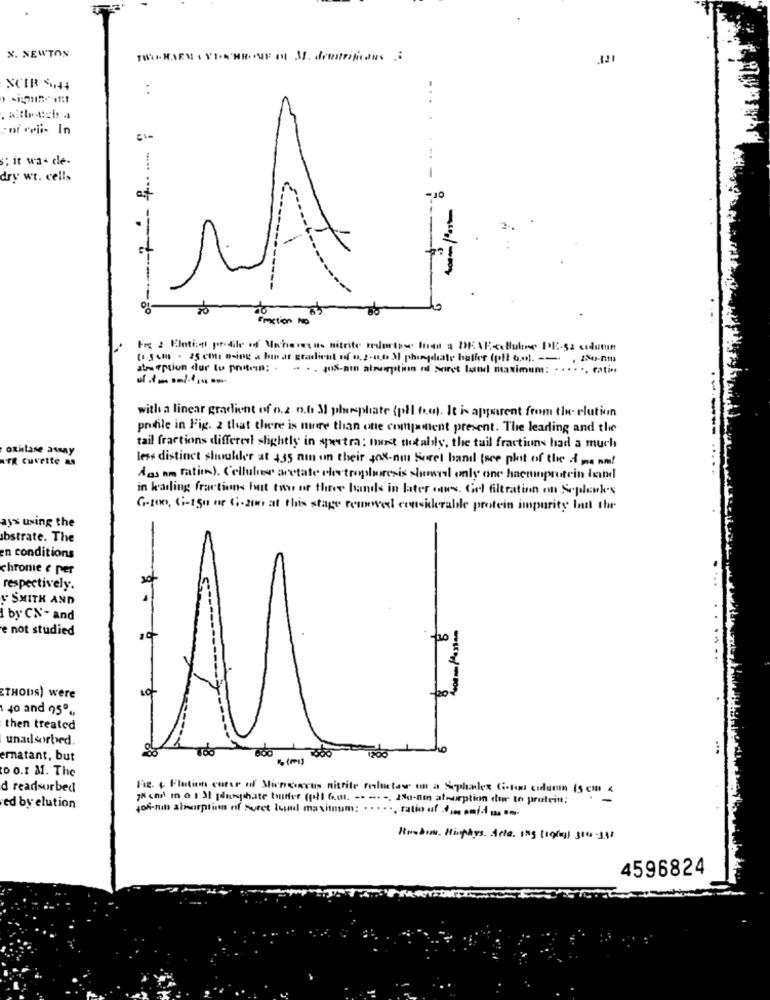
N. NEWTON
NCIR $44
:
..
Foi crii- In
s: it was de-
dry wt. cells
-
at
-10
Emation NO
Fr 2 Elntie profile of Uwhavetus nitrite redortose Inen a DE NEceBuline PPE-52 cedume
(1.3 cm - 25 emi Being a huir ar gradient of n. 2-0,6 M phingdate buffer (pit 6.0). -- , 280-nmh
at- rption dur to printon; - - - . 108-ain alrumpitiun nf Soret land maximum: . . .. .. ratin
with a linear gradient of o.z o.b. 31 phosphate (pl) to). It is apparent from the elution
profile in Fig. 2 that there is mirre than one comjament present. The leading and the
oxitane assay
tail fractions differe slightly in spectra : hunt totally, the tail fractions had a much
FR cuvette as
less distinct shouldler at 435 nin on their 408-not Foret band (see plot of the d me nm!
Ass am ration). Cellules acetate dietrophoresis showel only one haemoprotein land
in kading fractions but tow or three bands in later ows. Gel filtratinn on Sepleuk's
G-100, Si-150 or Ci-200 at this stage removed considerable protein impurity bast the
ay% using the
bstrate. The
en conditions
chrome e per
respectively.
& SMITH AND
by CN - and
e not studied
10
20
ETHODS) were
1 40 and 95%
then treated
unadsorbed.
Tdo
1800 1200
ho
ernatant, but
DO.I M. The
d readsurbed
Fig. + Flutin curse of Minconcus nitrite felutas on a Sephalex Coton column (5 cm 4
" cnil in 0.1 3 pumpihate butter (poli 6.01. ---- -. 280-nm aleurption dur to protein;
ed by elution
on-nul absorption of Foret lund maximum: ratio of ami
Ruskin. Hisphys. Acta. Ing (1969) 3000 -388
4596824